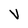
Character: V